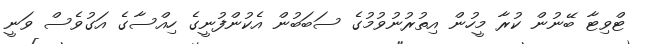
ޓްވިޓާ ބޭނުން ކުރާ މީހުން އިތުރުނުވުމުގެ ސަބަބުން އެކުންފުނީގެ ހިއްސާގެ އަގުވެސް ވަނީ